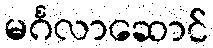
မင်္ဂလာဆောင်